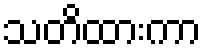
သတိထားကာ